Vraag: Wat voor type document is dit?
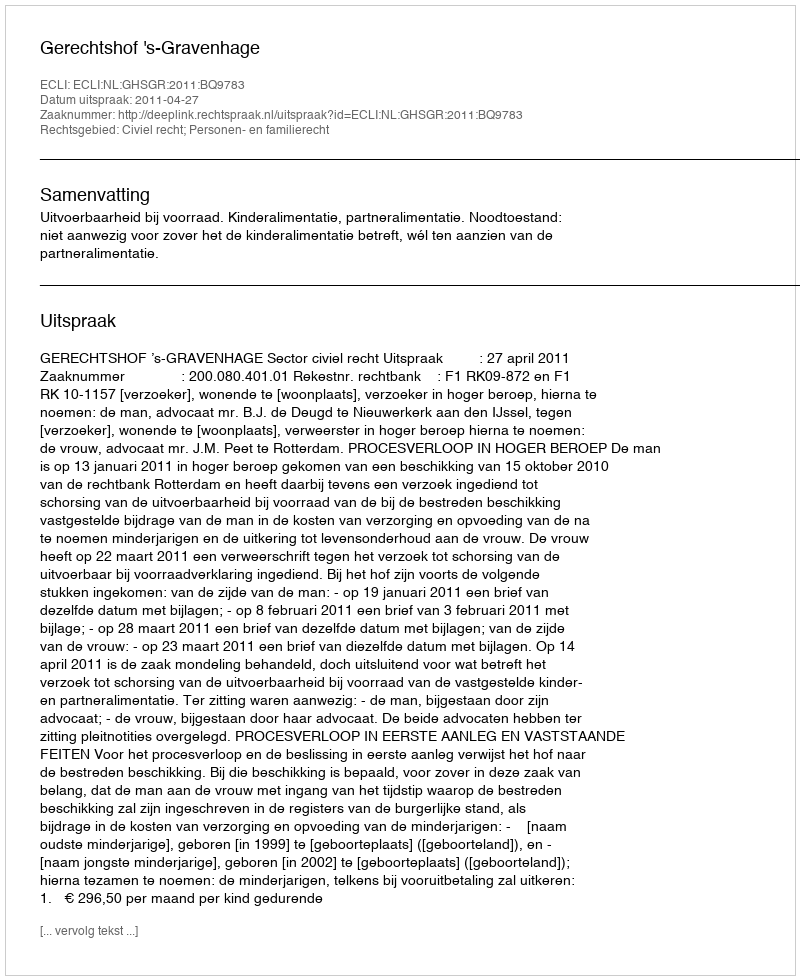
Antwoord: Uitspraak